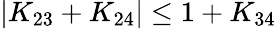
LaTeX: |K_{23}+K_{24}|\le 1+K_{34}